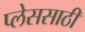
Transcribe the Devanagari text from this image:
प्लेससाठी